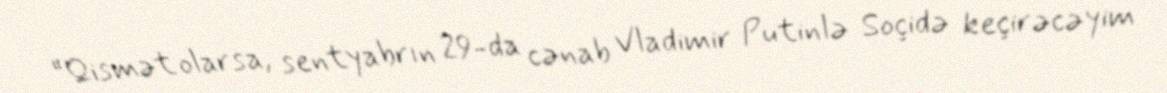
“Qismət olarsa, sentyabrın 29-da cənab Vladimir Putinlə Soçidə keçirəcəyim